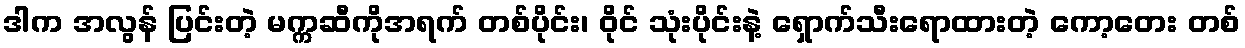
ဒါက အလွန် ပြင်းတဲ့ မက္ကဆီကိုအရက် တစ်ပိုင်း၊ ဝိုင် သုံးပိုင်းနဲ့ ရှောက်သီးရောထားတဲ့ ကော့တေး တစ်